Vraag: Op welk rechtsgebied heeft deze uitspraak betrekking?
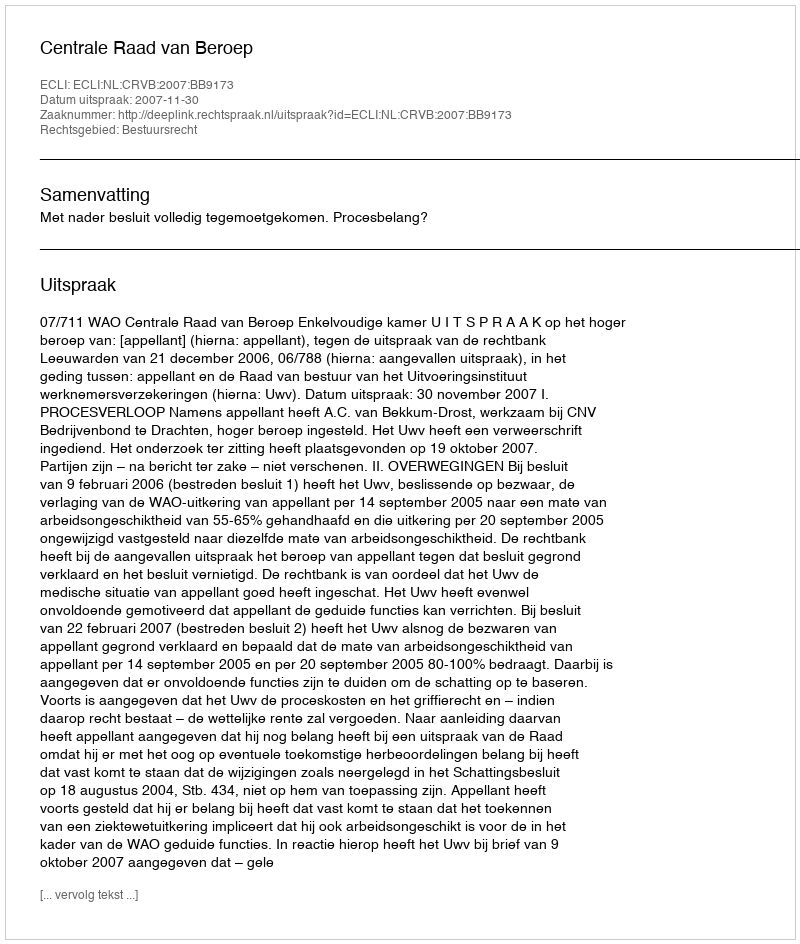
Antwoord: Bestuursrecht